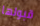
قبولها